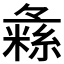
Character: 𱹾